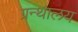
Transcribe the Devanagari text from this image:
ग्रन्‍थालय